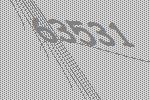
63531